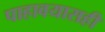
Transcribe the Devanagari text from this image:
पाहावयासही